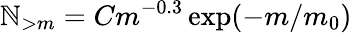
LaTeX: \mathbb{N}_{>m}=Cm^{-0.3}\exp(-m/m_{0})